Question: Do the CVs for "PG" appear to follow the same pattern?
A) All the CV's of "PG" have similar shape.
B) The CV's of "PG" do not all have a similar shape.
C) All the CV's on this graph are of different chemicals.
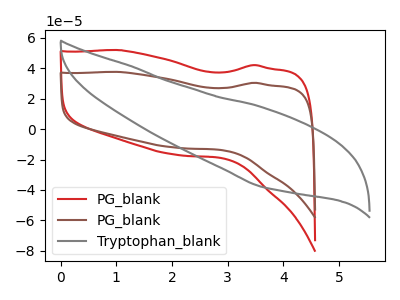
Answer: <think>The red curve "PG_blank" has no peaks. The brown curve "PG_blank" has no peaks. The gray curve "Tryptophan_blank" has no peaks.
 Neither "PG_blank" or "PG_blank" have any peaks. Neither "PG_blank" or "Tryptophan_blank" have any peaks. Neither "PG_blank" or "Tryptophan_blank" have any peaks.</think>
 <answer>A) All the CV's of "PG" have similar shape.</answer>
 <eval>A</eval>